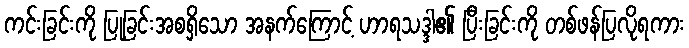
ကင်းခြင်းကို ပြုခြင်းအစရှိသော အနက်ကြောင့် ဟာရသဒ္ဒါ၏ ပြီးခြင်းကို တစ်ဖန်ပြလိုရကား